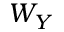
W _ { Y }